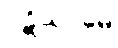
ပဋိသာမေ